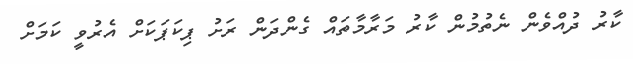
ކާރު ދުއްވެން ނެތުމުން ކާރު މަރާމާތައް ގެންދަން ރަށު ޕިކަޕަކަށް އެރުވީ ކަމަށް